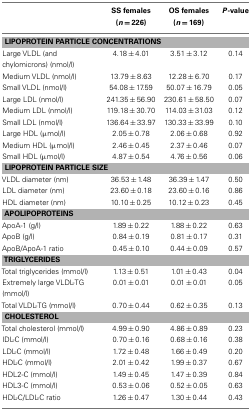
<table><thead><tr><td></td><td><b>SS females(<i>n</i> = 226)</b></td><td><b>OS females(<i>n</i> = 169)</b></td><td><b><i>P</i>-value</b></td></tr></thead><tbody><tr><td colspan="4"><b>LIPOPROTEIN PARTICLE CONCENTRATIONS</b></td></tr><tr><td>Large VLDL (and chylomicrons) (nmol/l)</td><td>4.18 ± 4.01</td><td>3.51 ± 3.12</td><td>0.14</td></tr><tr><td>Medium VLDL (nmol/l)</td><td>13.79 ± 8.63</td><td>12.28 ± 6.70</td><td>0.17</td></tr><tr><td>Small VLDL (nmol/l)</td><td>54.08 ± 17.59</td><td>50.07 ± 16.79</td><td>0.05</td></tr><tr><td>Large LDL (nmol/l)</td><td>241.35 ± 56.90</td><td>230.61 ± 58.50</td><td>0.07</td></tr><tr><td>Medium LDL (nmol/l)</td><td>119.18 ± 30.70</td><td>114.03 ± 31.03</td><td>0.12</td></tr><tr><td>Small LDL (nmol/l)</td><td>136.64 ± 33.97</td><td>130.33 ± 33.99</td><td>0.10</td></tr><tr><td>Large HDL (μmol/l)</td><td>2.05 ± 0.78</td><td>2.06 ± 0.68</td><td>0.92</td></tr><tr><td>Medium HDL (μmol/l)</td><td>2.46 ± 0.45</td><td>2.37 ± 0.46</td><td>0.07</td></tr><tr><td>Small HDL (μmol/l)</td><td>4.87 ± 0.54</td><td>4.76 ± 0.56</td><td>0.06</td></tr><tr><td colspan="4"><b>LIPOPROTEIN PARTICLE SIZE</b></td></tr><tr><td>VLDL diameter (nm)</td><td>36.53 ± 1.48</td><td>36.39 ± 1.47</td><td>0.50</td></tr><tr><td>LDL diameter (nm)</td><td>23.60 ± 0.18</td><td>23.60 ± 0.16</td><td>0.86</td></tr><tr><td>HDL diameter (nm)</td><td>10.10 ± 0.25</td><td>10.12 ± 0.23</td><td>0.45</td></tr><tr><td colspan="4"><b>APOLIPOPROTEINS</b></td></tr><tr><td>ApoA-1 (g/l)</td><td>1.89 ± 0.22</td><td>1.88 ± 0.22</td><td>0.63</td></tr><tr><td>ApoB (g/l)</td><td>0.84 ± 0.19</td><td>0.81 ± 0.17</td><td>0.31</td></tr><tr><td>ApoB/ApoA-1 ratio</td><td>0.45 ± 0.10</td><td>0.44 ± 0.09</td><td>0.57</td></tr><tr><td colspan="4"><b>TRIGLYCERIDES</b></td></tr><tr><td>Total triglycerides (mmol/l)</td><td>1.13 ± 0.51</td><td>1.01 ± 0.43</td><td>0.04</td></tr><tr><td>Extremely large VLDL-TG (mmol/l)</td><td>0.01 ± 0.01</td><td>0.01 ± 0.01</td><td>0.05</td></tr><tr><td>Total VLDL-TG (mmol/l)</td><td>0.70 ± 0.44</td><td>0.62 ± 0.35</td><td>0.13</td></tr><tr><td colspan="4"><b>CHOLESTEROL</b></td></tr><tr><td>Total cholesterol (mmol/l)</td><td>4.99 ± 0.90</td><td>4.86 ± 0.89</td><td>0.23</td></tr><tr><td>IDL-C (mmol/l)</td><td>0.70 ± 0.16</td><td>0.68 ± 0.16</td><td>0.38</td></tr><tr><td>LDL-C (mmol/l)</td><td>1.72 ± 0.48</td><td>1.66 ± 0.49</td><td>0.20</td></tr><tr><td>HDL-C (mmol/l)</td><td>2.01 ± 0.42</td><td>1.99 ± 0.37</td><td>0.67</td></tr><tr><td>HDL2-C (mmol/l)</td><td>1.49 ± 0.45</td><td>1.47 ± 0.39</td><td>0.84</td></tr><tr><td>HDL3-C (mmol/l)</td><td>0.53 ± 0.06</td><td>0.52 ± 0.05</td><td>0.63</td></tr><tr><td>HDL-C/LDL-C ratio</td><td>1.26 ± 0.47</td><td>1.30 ± 0.44</td><td>0.43</td></tr></tbody></table>